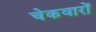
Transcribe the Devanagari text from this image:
चेकवारों